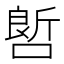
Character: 𠻡